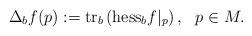
LaTeX: \begin{align*} \Delta_b f(p) := \mathrm{tr}_b\left(\mathrm{hess}_bf|_p\right), \ \ p \in M.\end{align*}